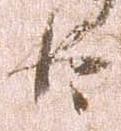
臣